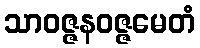
သာဝဇ္ဇနဝဇ္ဇမေတံ